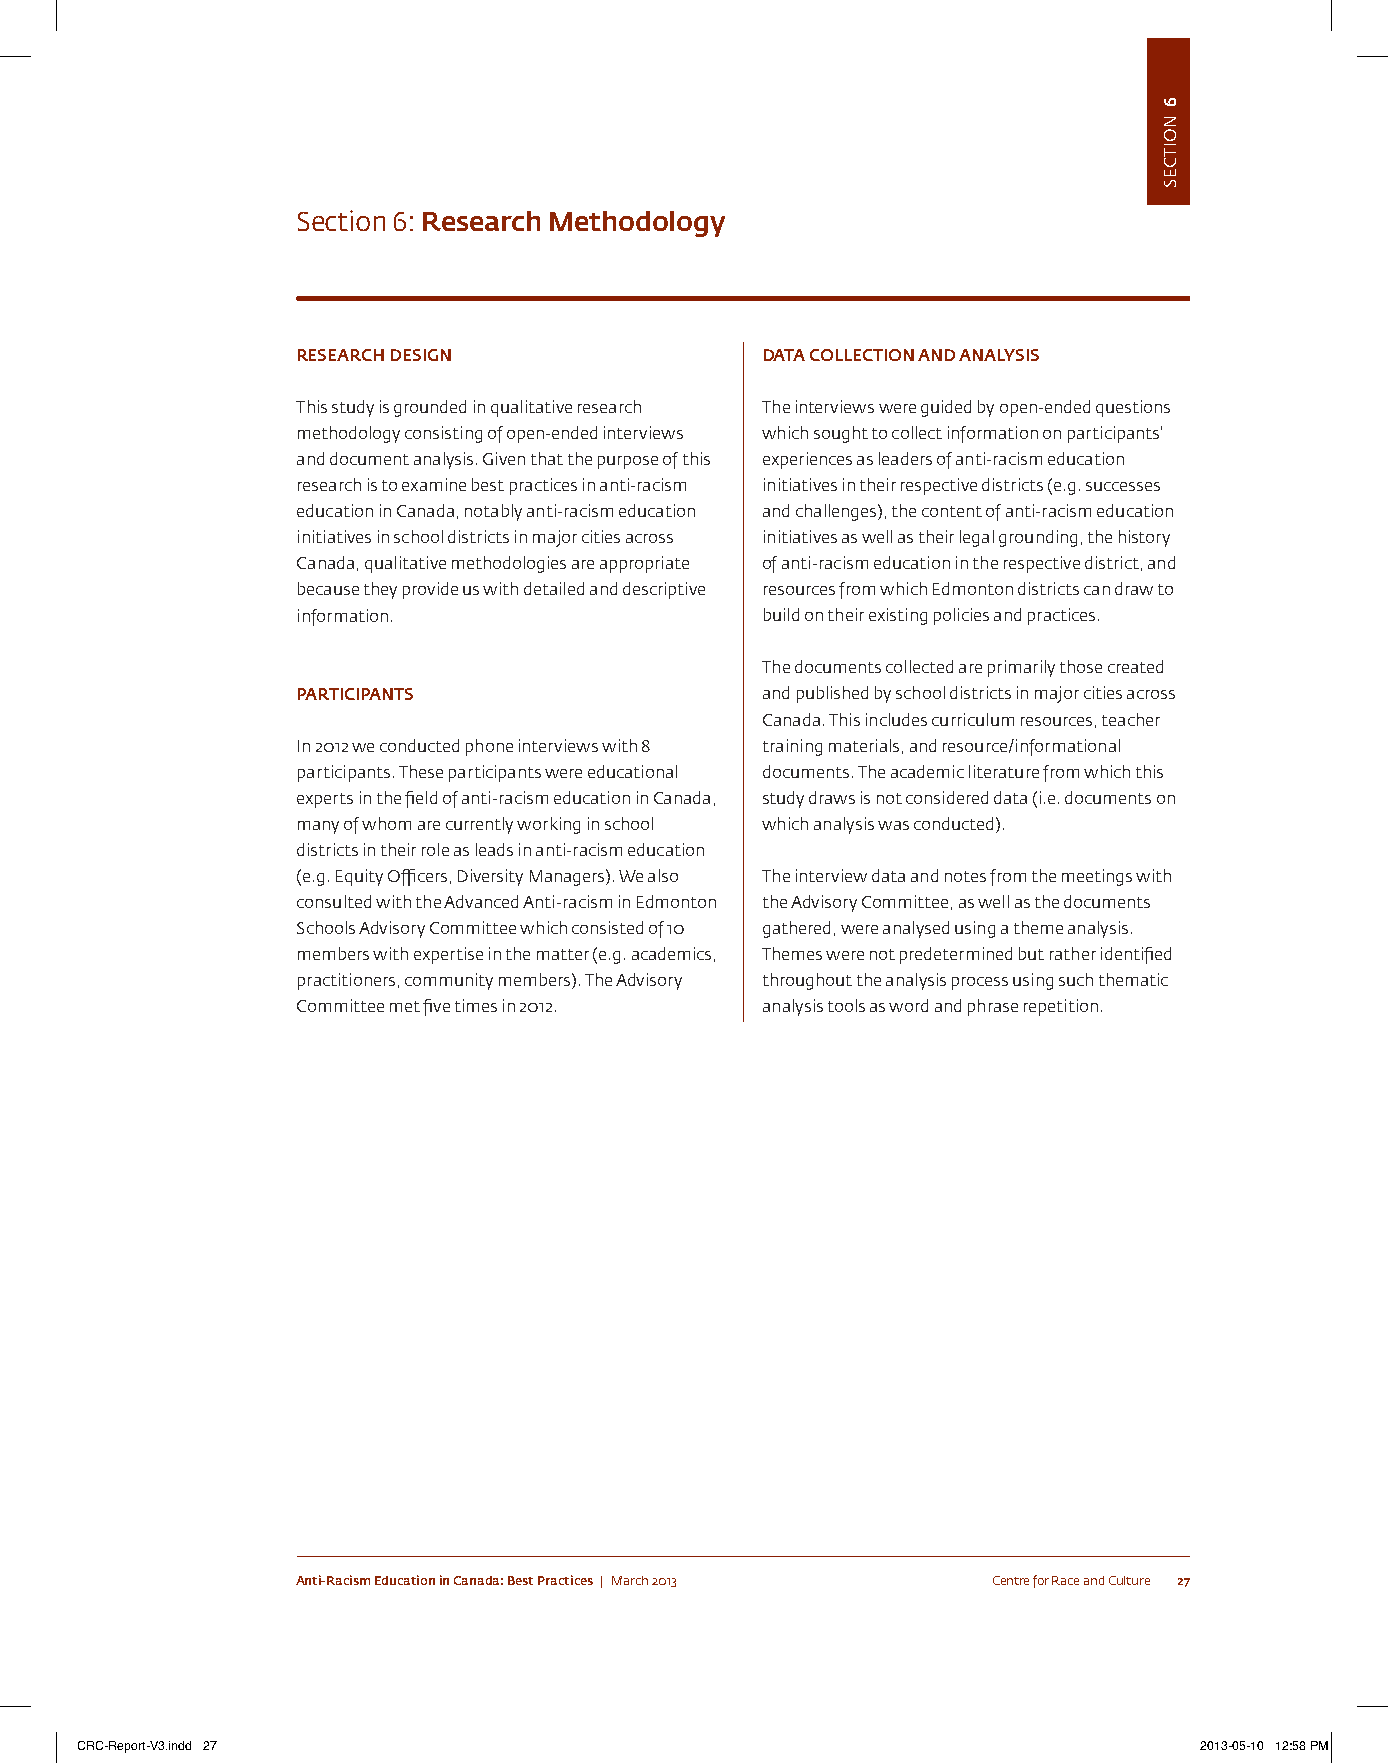
section 6: Research Methodology
 RESEARCH DESIGN               DATA COLLECTION AND ANALYSIS
 this study is grounded in qualitative research the interviews were guided by open-ended questions
 methodology consisting of open-ended interviews which sought to collect information on participants’
 and document analysis. Given that the purpose of this experiences as leaders of anti-racism education
 research is to examine best practices in anti-racism initiatives in their respective districts (e.g. successes
 education in canada, notably anti-racism education and challenges), the content of anti-racism education
 initiatives in school districts in major cities across initiatives as well as their legal grounding, the history
 canada, qualitative methodologies are appropriate of anti-racism education in the respective district, and
 because they provide us with detailed and descriptive resources from which edmonton districts can draw to
 information.                  build on their existing policies and practices.
 the documents collected are primarily those created
 PARTICIPANTS                  and published by school districts in major cities across
 canada. this includes curriculum resources, teacher
 in 2012 we conducted phone interviews with 8 training materials, and resource/informational
 participants. these participants were educational documents. the academic literature from which this
 experts in the field of anti-racism education in canada, study draws is not considered data (i.e. documents on
 many of whom are currently working in school which analysis was conducted).
 districts in their role as leads in anti-racism education
 (e.g. equity officers, Diversity managers). We also the interview data and notes from the meetings with
 consulted with the advanced anti-racism in edmonton the advisory committee, as well as the documents
 schools advisory committee which consisted of 10 gathered, were analysed using a theme analysis.
 members with expertise in the matter (e.g. academics, themes were not predetermined but rather identified
 practitioners, community members). the advisory throughout the analysis process using such thematic
 committee met five times in 2012. analysis tools as word and phrase repetition.
 Anti-Racism Education in Canada: Best Practices | March 2013 centre for Race and culture 27
 CRC-Report-V3.indd 27                                                     2013-05-10 12:58 PM
 6
 noitces